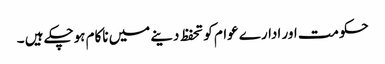
حکومت اور ادارے عوام کو تحفظ دینے میں ناکام ہوچکے ہیں ۔